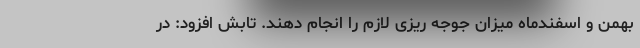
بهمن و اسفندماه میزان جوجه ریزی لازم را انجام دهند. تابش افزود: در